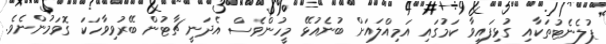
ޕުލެނެޓުތަކާއި ގުޅިފައިވާ ކަމުގައި އަމިއްލައަށް ބުނެއުޅޭ މީހުންވެސް އެދަނީ ޗާޓުން ބޭރުވިވާހަކަ ގޮވަމުންނެވެ.